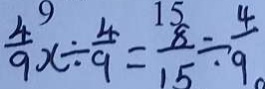
\frac { 4 } { 9 } x \div \frac { 4 } { 9 } = \frac { 8 } { 1 5 } \div \frac { 4 } { 9 }